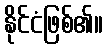
နိုင်ငံဖြစ်၏။